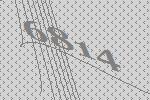
6814